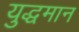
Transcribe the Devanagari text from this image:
युद्धमान